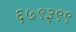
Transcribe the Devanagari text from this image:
६७९३९९